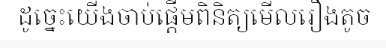
ដូច្នេះយើងចាប់ផ្តើមពិនិត្យមើលរឿងតូច